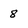
Character: 8